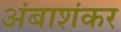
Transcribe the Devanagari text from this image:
अंबाशंकर